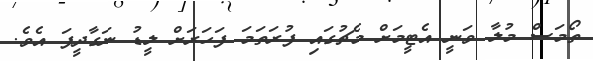
ތޯމަސް މުލާ ވަނީ އެޓީމަށް މެޗުގައި ފުރަތަމަ ފަހަރަށް ލީޑު ނަގާދީފަ އެވެ.